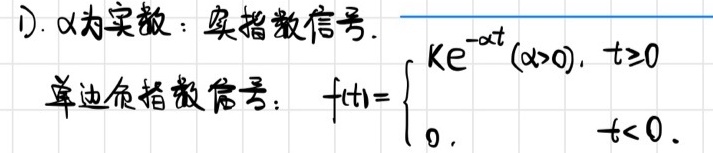
1). $\alpha$为实数：实指数信号.
单边负指数信号：$f(t)=\begin{cases}Ke^{-\alpha t}&(\alpha > 0),\ t\geq0\\0&,t < 0\end{cases}$